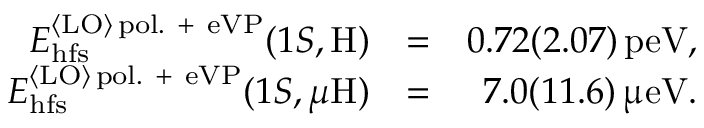
\begin{array} { r l r } { E _ { \mathrm { h f s } } ^ { { \langle \mathrm { L O } \rangle } \, \mathrm { p o l . ~ + ~ e V P } } ( 1 S , \mathrm { H } ) } & { = } & { 0 . 7 2 ( 2 . 0 7 ) \, \mathrm { p e V } , } \\ { E _ { \mathrm { h f s } } ^ { { \langle \mathrm { L O } \rangle } \, \mathrm { p o l . ~ + ~ e V P } } ( 1 S , \mu \mathrm { H } ) } & { = } & { 7 . 0 ( 1 1 . 6 ) \, \upmu \mathrm { e V } . } \end{array}